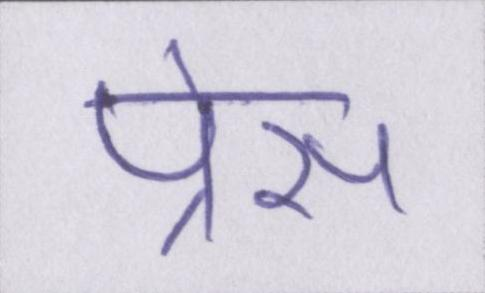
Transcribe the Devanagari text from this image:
प्रेस